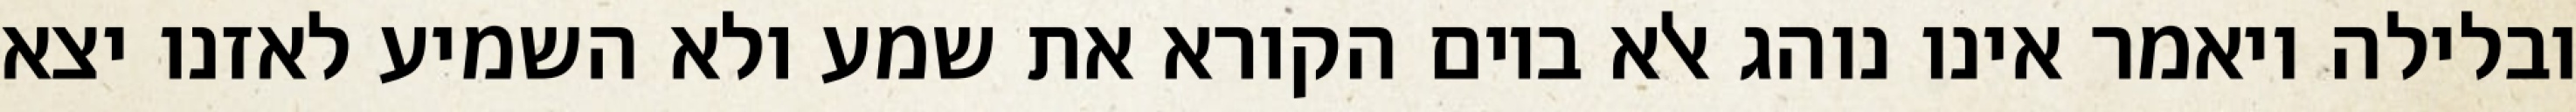
ובלילה ויאמר אינו נוהג אלא ביום הקורא את שמע ולא השמיע לאזנו יצא